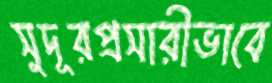
সুদূরপ্রসারীভাবে